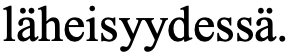
läheisyydessä.